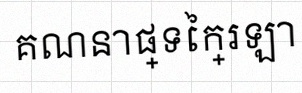
គណនាផ្ទៃក្រឡា